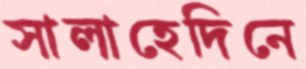
সালাহেদিনে